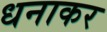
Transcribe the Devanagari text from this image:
धनाकर